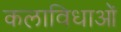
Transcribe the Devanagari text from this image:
कलाविधाओं